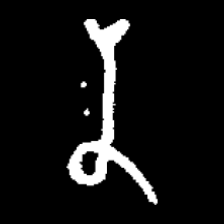
Pyu character \u2014 Myanmar letter: န (romanized: na)